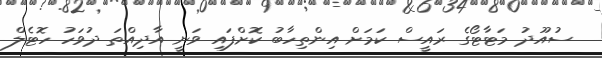
ސުއޫދު މަޓާޓޯގެ ރައީސް ކަމަށް އިންތިހާބު ކޮށްފައި ވަނީ އާދިއްތަ ދުވަހު ހޮޓެލް